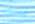
وعصير